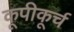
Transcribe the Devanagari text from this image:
कूपीकूर्च